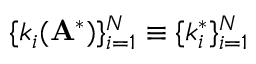
\{ k _ { i } ( \mathbf { A } ^ { * } ) \} _ { i = 1 } ^ { N } \equiv \{ k _ { i } ^ { * } \} _ { i = 1 } ^ { N }